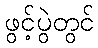
ဖွင့်ပွဲတွင်